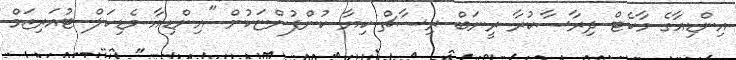
އިންޑިއާގެ މާކެޓް ދިރާސާކުރާ ރީނަބް ރިސާޗް ކިޔާ ކުންފުންޏަކުން "އިންޑިއާ މެޑިކަލް ޓުއަރިޒަމް